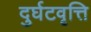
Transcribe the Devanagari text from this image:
दुर्घटवृत्ति